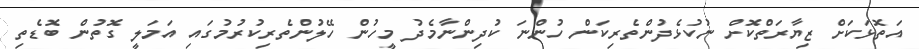
އަތޮޅަކަށް ޒިޔާރަތްކޮށް ނުކުޅެދުންތެރިކަން ހުންނަ ކުދިންނާމެދު މީހުން ހޭލުންތެރިކުރުމުގައި އަމަލީ ގޮތުން ބޮޑެތި